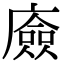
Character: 㢛